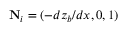
{ \bf N } _ { i } = ( - d z _ { b } / d x , 0 , 1 )